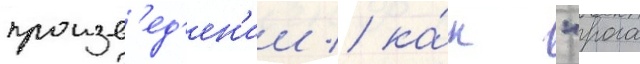
произв'ед'ен'ии / ка́к "рога